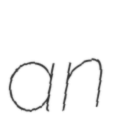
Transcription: an